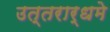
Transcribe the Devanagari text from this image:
उत्तरार्धमे